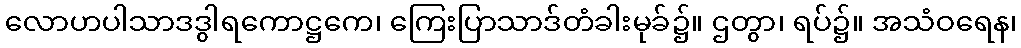
လောဟပါသာဒဒွါရကောဋ္ဌကေ၊ ကြေးပြာသာဒ်တံခါးမုခ်၌။ ဌတွာ၊ ရပ်၌။ အသံဝရေန၊